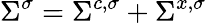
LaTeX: \Sigma^{\sigma}=\Sigma^{c,\sigma}+\Sigma^{x,\sigma}